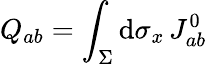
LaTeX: Q_{ab}=\int_{\Sigma}\mathrm{d}\sigma_{x}\, J_{ab}^{0}